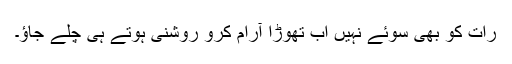
رات کو بھی سوئے نہیں اب تھوڑا آرام کرو روشنی ہوتے ہی چلے جاؤ۔